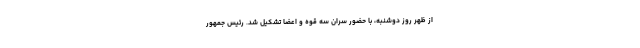
از ظهر روز دوشنبه، با حضور سران سه قوه و اعضا تشکیل شد. رئیس جمهور